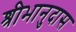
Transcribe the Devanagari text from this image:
श्रीभानुदास